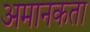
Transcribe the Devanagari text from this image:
अमानकता